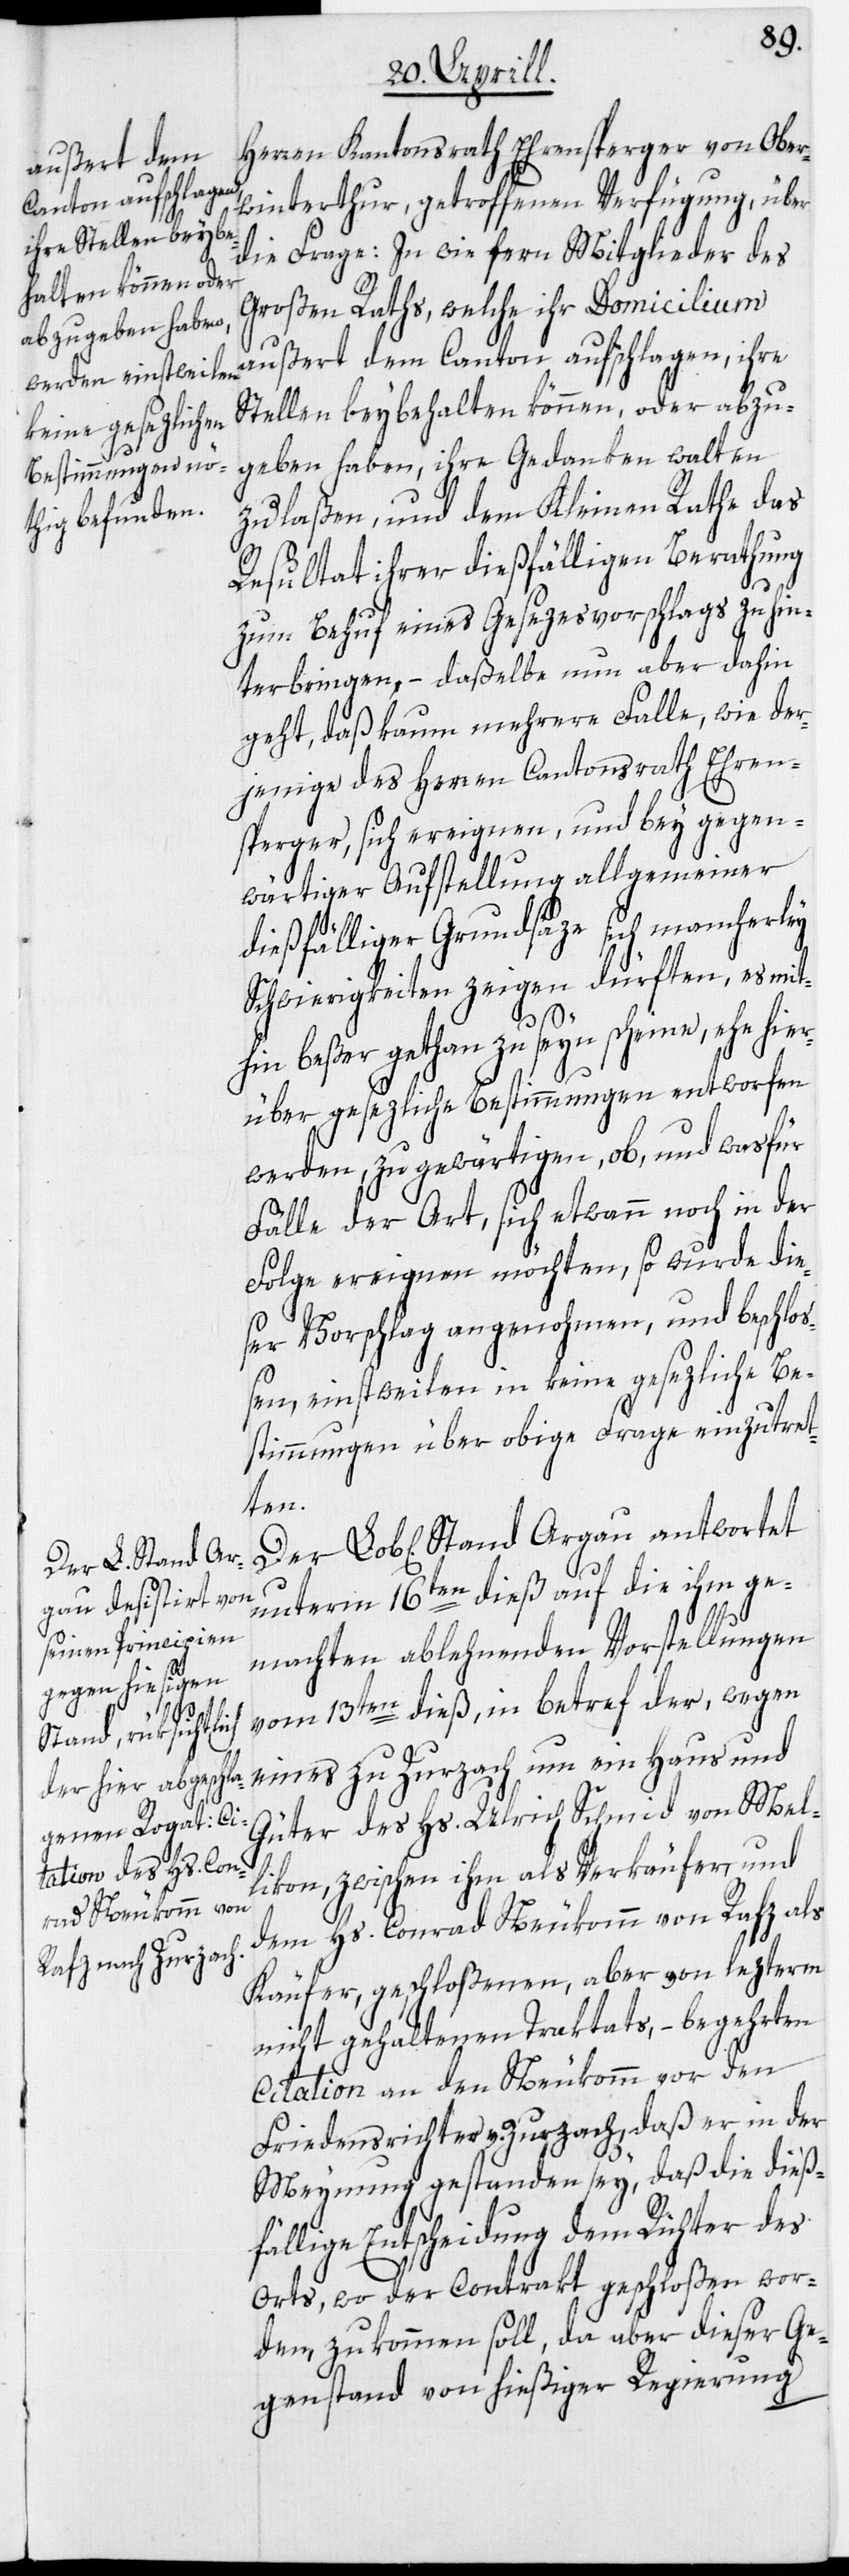
Argau antwortet

Herren Kantonsrath Ehrensperger von Ober¬
winterthur, getroffenen Verfügung, über
die Frage: In wie fern Mitglieder des
Großen Raths, welche ihr Domicilium
außert dem Canton aufschlagen, ihre
Stellen beybehalten können, oder abzu¬
geben haben, ihre Gedanken walten
zu laßen, und dem Kleinen Rathe das
Resultat ihrer dießfälligen Berathung
zum Behuf eines Gesezesvorschlags zu hin¬
terbringen, – daßelbe nun aber dahin
geht, daß kaum mehrere Falle, wie der¬
jenige des Herren Cantonsrath Ehren¬
sperger, sich ereignen, und bey gegen¬
wärtiger Aufstellung allgemeiner
dießfälliger Grundsäze sich mancherley
Schwierigkeiten zeigen dürften, es mit¬
hin beßer gethan zu seyn scheine, ehe hier¬
über gesezliche Bestimmungen entworfen
werden, zu gewärtigen, ob, und was für
Fälle der Art, sich etwann noch in der
Folge ereignen möchten, so wurde die¬
ser Vorschlag angenohmen, und beschloß¬
en, einstweilen in keine gesezliche Be¬
stimmungen über obige Frage einzutret¬
ten.
unterm 16ten dieß auf die ihm ge¬
machten ablehnenden Vorstellungen
vom 13ten dieß, in betref der, wegen
eines zu Zurzach um ein Haus und
Güter des Hs. Ulrich Schmid von Mel¬
likon, zwischen ihm als Verkäufer, und
dem Hs. Conrad Neukomm von Rafz als
Käufer, geschloßenen, aber von lezterm
nicht gehaltenen Traktats, – begehrten
Citation an den Neukomm vor den
Friedensrichter v. Zurzach, daß er in der
Meynung gestanden sey, daß die dießfä¬
llige Entscheidung dem Richter des
Orts, wo der Contrakt geschloßen wor¬
den, zukommen soll, da aber dieser Ge¬
genstand von hießiger Regierung